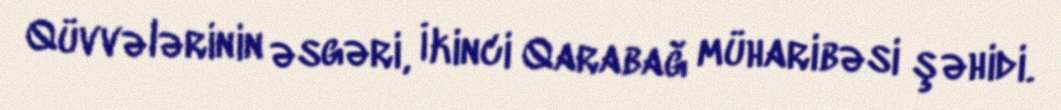
Qüvvələrinin əsgəri, İkinci Qarabağ müharibəsi şəhidi.